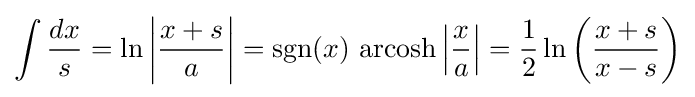
\int {\frac {dx}{s}}=\ln \left|{\frac {x+s}{a}}\right|=\operatorname {sgn} (x)\,\operatorname {arcosh} \left|{\frac {x}{a}}\right|={\frac {1}{2}}\ln \left({\frac {x+s}{x-s}}\right)